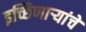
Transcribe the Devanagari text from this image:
इच्छिणाऱ्यांचे